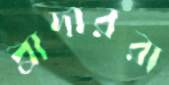
ব্রাদাররা